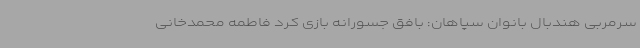
سرمربی هندبال بانوان سپاهان: بافق جسورانه بازی کرد فاطمه محمدخانی